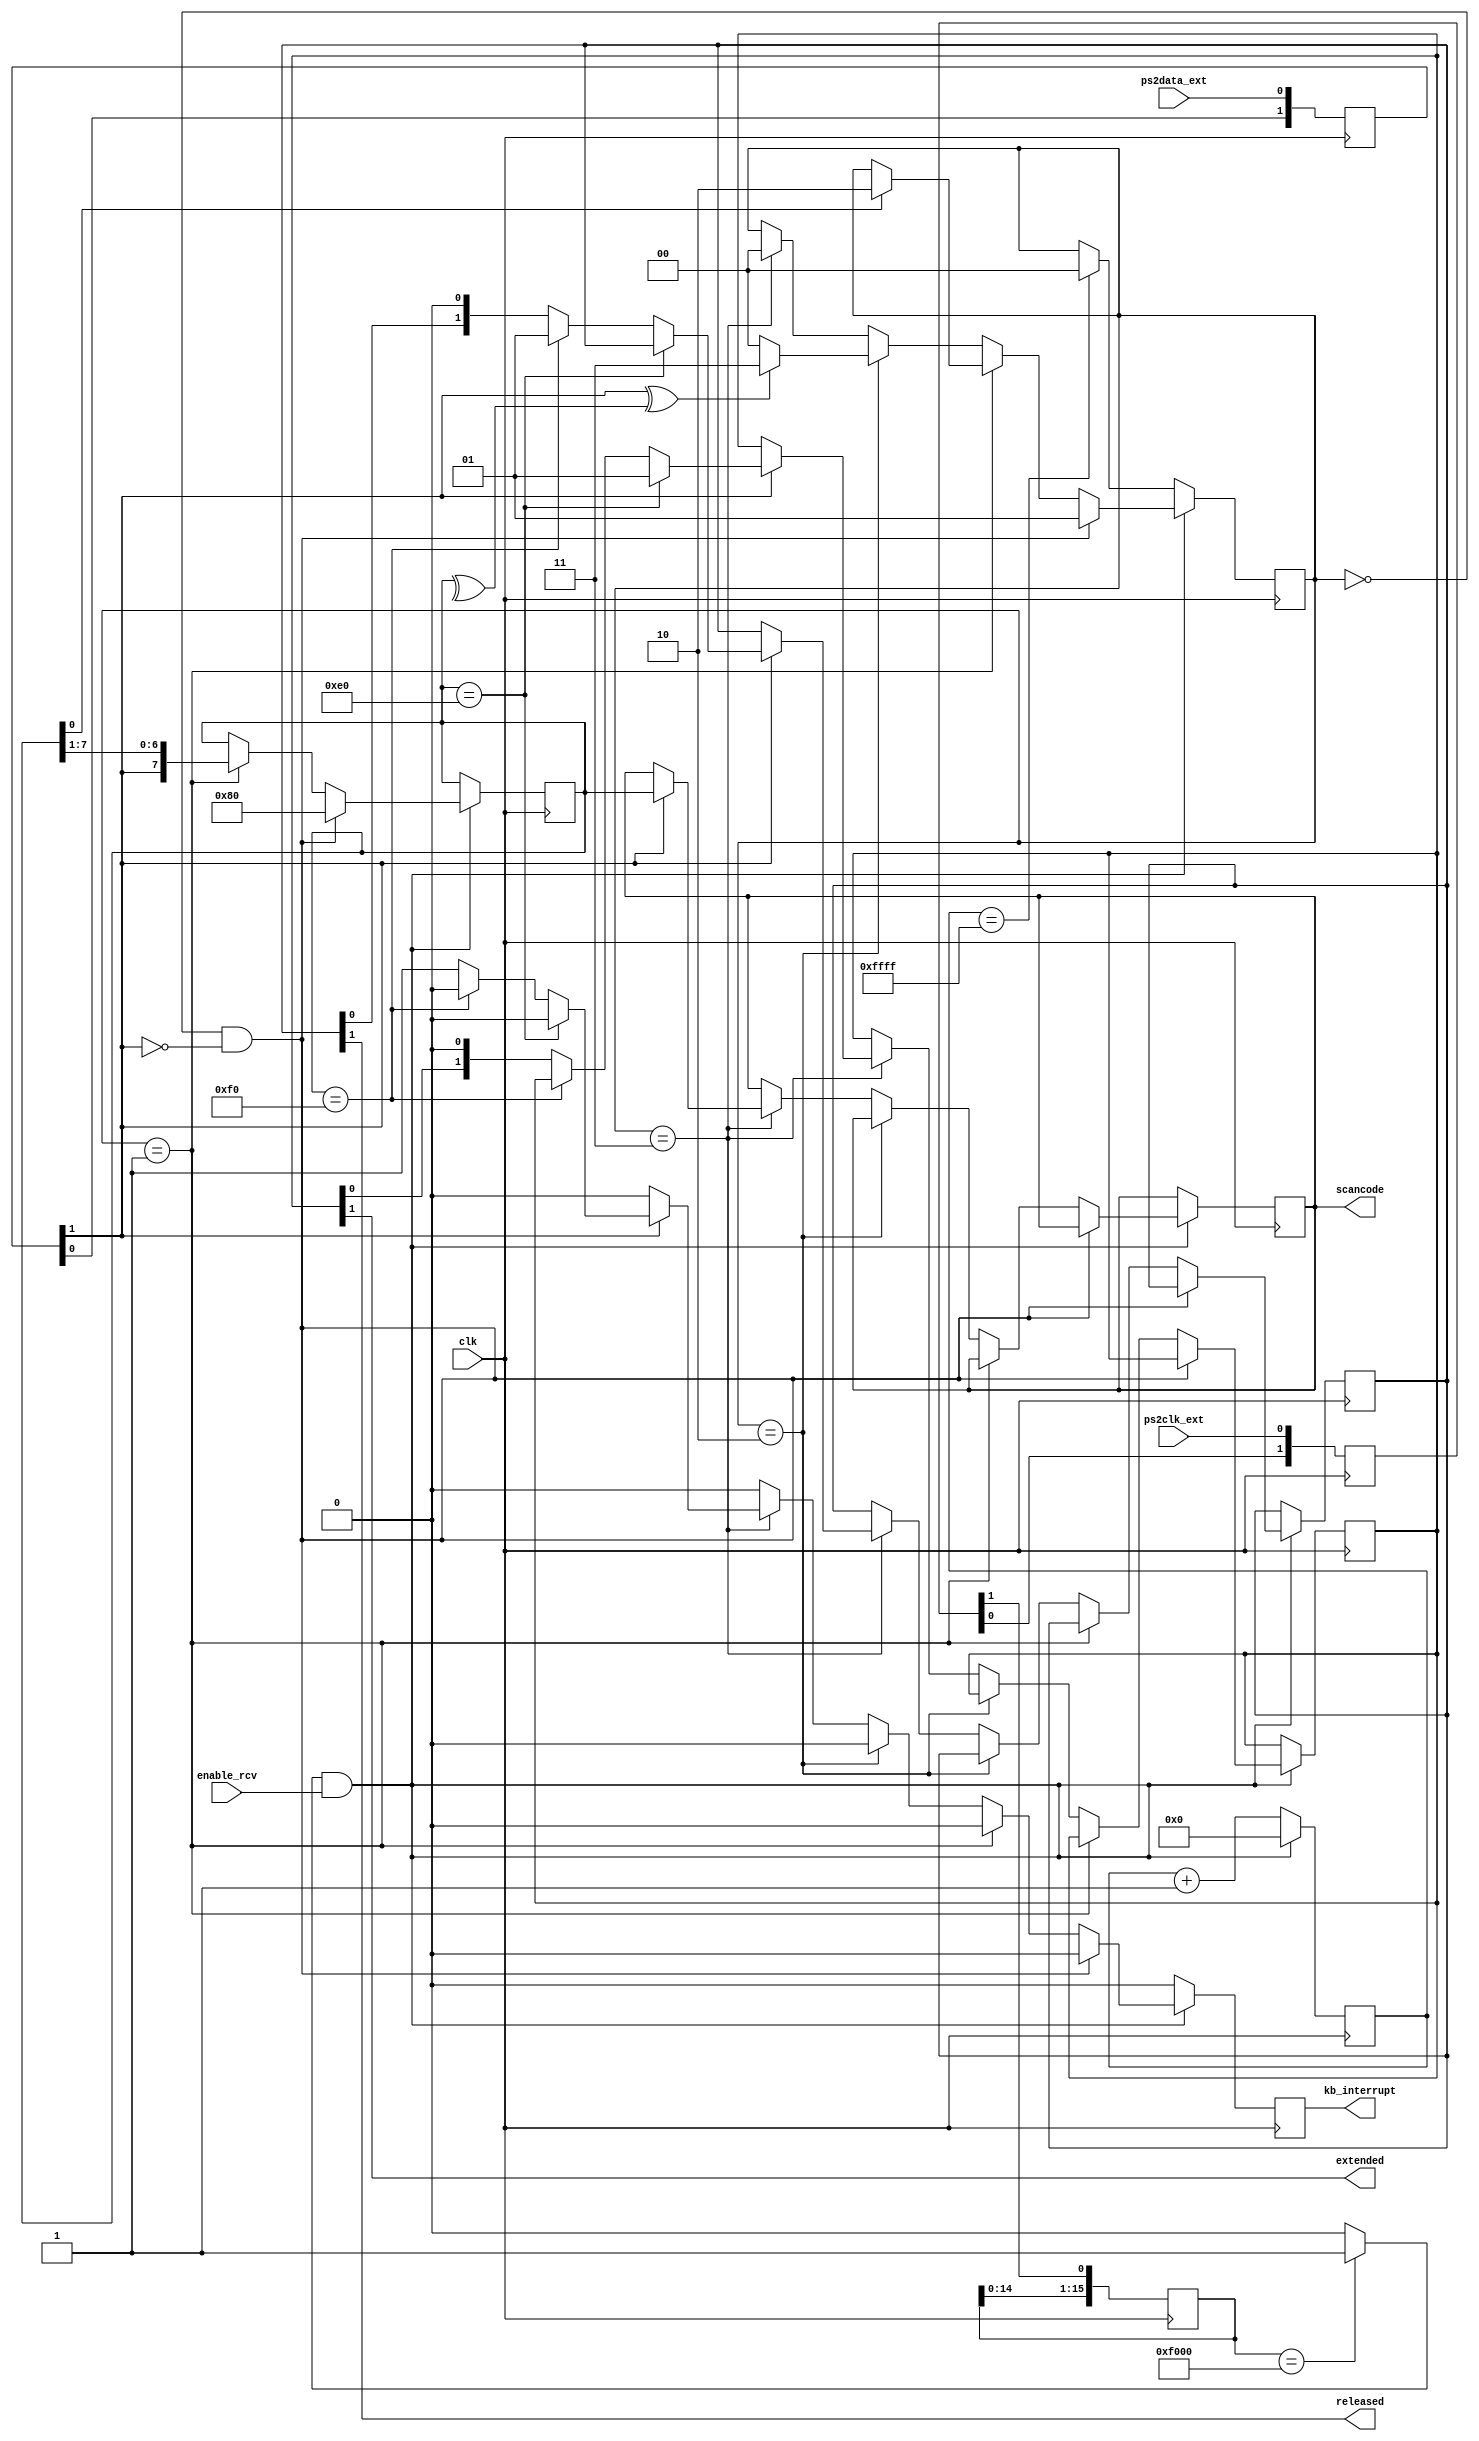
`timescale 1ns / 1ps
`default_nettype none

//////////////////////////////////////////////////////////////////////////////////
// Company: 
// Engineer: 
// 
// Design Name: 
// Module Name:    ps2_port 
// Project Name: 
// Target Devices: 
// Tool versions: 
// Description: 
//
// Dependencies: 
//
// Revision: 
// Revision 0.01 - File Created
// Additional Comments: 
//
//////////////////////////////////////////////////////////////////////////////////
module ps2_port (
    input wire clk,  // se recomienda 1 MHz <= clk <= 600 MHz
    input wire enable_rcv,  // habilitar la maquina de estados de recepcion
    input wire ps2clk_ext,
    input wire ps2data_ext,
    output wire kb_interrupt,  // a 1 durante 1 clk para indicar nueva tecla recibida
    output reg [7:0] scancode, // make o breakcode de la tecla
    output wire released,  // soltada=1, pulsada=0
    output wire extended  // extendida=1, no extendida=0
    );
    
    `define RCVSTART    2'b00
    `define RCVDATA     2'b01 
    `define RCVPARITY   2'b10
    `define RCVSTOP     2'b11

    reg [7:0] key = 8'h00;

    // Fase de sincronizacion de seales externas con el reloj del sistema
    reg [1:0] ps2clk_synchr;
    reg [1:0] ps2dat_synchr;
    wire ps2clk = ps2clk_synchr[1];
    wire ps2data = ps2dat_synchr[1];
    always @(posedge clk) begin
        ps2clk_synchr[0] <= ps2clk_ext;
        ps2clk_synchr[1] <= ps2clk_synchr[0];
        ps2dat_synchr[0] <= ps2data_ext;
        ps2dat_synchr[1] <= ps2dat_synchr[0];
    end

    // De-glitcher. Slo detecto flanco de bajada
    reg [15:0] negedgedetect = 16'h0000;
    always @(posedge clk) begin
        negedgedetect <= {negedgedetect[14:0], ps2clk};
    end
    wire ps2clkedge = (negedgedetect == 16'hF000)? 1'b1 : 1'b0;
    
    // Paridad instantnea de los bits recibidos
    wire paritycalculated = ^key;
    
    // Contador de time-out. Al llegar a 65536 ciclos sin que ocurra
    // un flanco de bajada en PS2CLK, volvemos al estado inicial
    reg [15:0] timeoutcnt = 16'h0000;

    reg [1:0] state = `RCVSTART;
    reg [1:0] regextended = 2'b00;
    reg [1:0] regreleased = 2'b00;
    reg rkb_interrupt = 1'b0;
    assign released = regreleased[1];
    assign extended = regextended[1];
    assign kb_interrupt = rkb_interrupt;
    
    always @(posedge clk) begin
        if (rkb_interrupt == 1'b1) begin
            rkb_interrupt <= 1'b0;
        end
        if (ps2clkedge && enable_rcv) begin
            timeoutcnt <= 16'h0000;
            if (state == `RCVSTART && ps2data == 1'b0) begin
                state <= `RCVDATA;
                key <= 8'h80;
            end
            else if (state == `RCVDATA) begin
                key <= {ps2data, key[7:1]};
                if (key[0] == 1'b1) begin
                    state <= `RCVPARITY;
                end
            end
            else if (state == `RCVPARITY) begin
                if (ps2data^paritycalculated == 1'b1) begin
                    state <= `RCVSTOP;
                end
                else begin
                    state <= `RCVSTART;
                end
            end
            else if (state == `RCVSTOP) begin
                state <= `RCVSTART;                
                if (ps2data == 1'b1) begin
                   scancode <= key;
                   if (key == 8'hE0) begin
                     regextended <= 2'b01;
                   end
                   else if (key == 8'hF0) begin
                     regreleased <= 2'b01;
                   end
                   else begin
                     regextended <= {regextended[0], 1'b0};
                     regreleased <= {regreleased[0], 1'b0};
                     rkb_interrupt <= 1'b1;
                   end
                end
            end       
        end           
        else begin
            timeoutcnt <= timeoutcnt + 1;
            if (timeoutcnt == 16'hFFFF) begin
                state <= `RCVSTART;
            end
        end
    end
endmodule